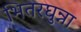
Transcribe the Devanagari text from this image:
भितरघुन्ना